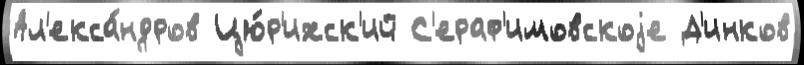
Ал'екса́ндров Цю́р'ихск'ий С'ераф'имовскоjе Д'инков